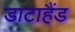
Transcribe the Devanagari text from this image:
डाटाहैंड